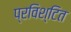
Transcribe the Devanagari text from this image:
प्रविश्टित